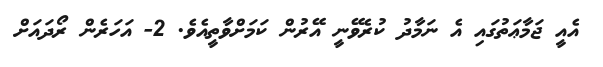
އެއީ ޖަމާޢަތުގައި އެ ނަމާދު ކުރެވޭނީ އޭރުން ކަމަށްވާތީއެވެ. 2- އަހަރެން ރޯދައަށް